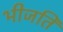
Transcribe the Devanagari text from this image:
भीजति